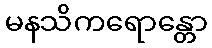
မနသိကရောန္တော